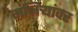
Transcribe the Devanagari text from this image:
मंजिऱ्यांवर